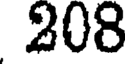
208